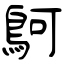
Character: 鴚